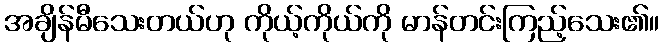
အချိန်မီသေးတယ်ဟု ကိုယ့်ကိုယ်ကို မာန်တင်းကြည့်သေး၏။